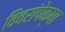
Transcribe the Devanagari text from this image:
विवरांपेक्षा